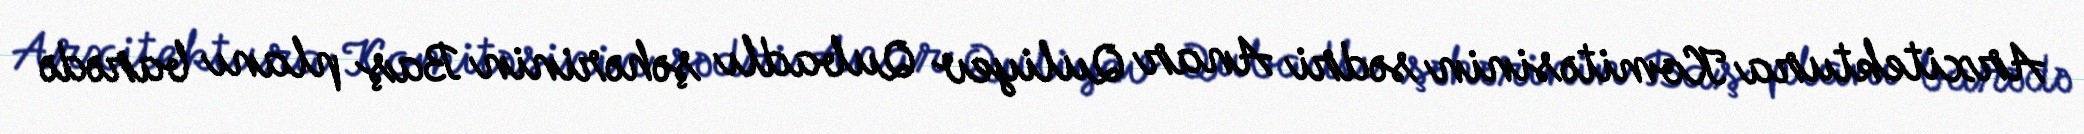
Arxitektura Komitəsinin sədri Anar Quliyev Qubadlı şəhərinin Baş planı barədə